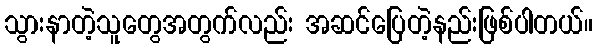
သွားနာတဲ့သူတွေအတွက်လည်း အဆင်ပြေတဲ့နည်းဖြစ်ပါတယ်။